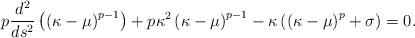
LaTeX: \begin{align*}p\frac{d^2}{ds^2}\left(\left(\kappa-\mu\right)^{p-1}\right)+p\kappa^2\left(\kappa-\mu\right)^{p-1}-\kappa\left(\left(\kappa-\mu\right)^p+\sigma\right)=0.\end{align*}